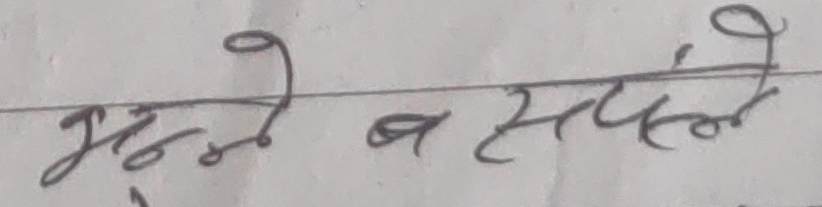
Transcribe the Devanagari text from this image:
भुन्ने ब सटले